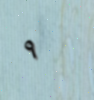
٩